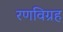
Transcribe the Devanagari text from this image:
रणविग्रह